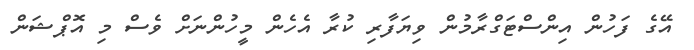
އޭގެ ފަހުން އިންސްޓަގްރާމުން ވިޔަފާރި ކުރާ އެހެން މީހުންނަށް ވެސް މި އޮޕްޝަން